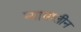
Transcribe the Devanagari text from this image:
न्यायालीन